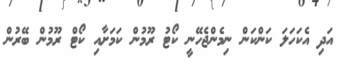
އަދި އެކަހަލަ ކަންކަން ނިމެންޖެހޭނީ ކޯޓު ރޫމުން ކަމަށާއި ކޯޓް ރޫމުން ބޭރުން